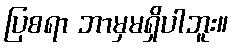
ပြစရာ ဘာမှမရှိပါဘူး။